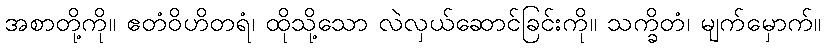
အစာတို့ကို။ ဧတံဝိဟိတရံ၊ ထိုသို့သော လဲလှယ်ဆောင်ခြင်းကို။ သက္ခိတံ၊ မျက်မှောက်။